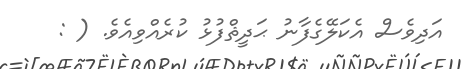
އަދިވެސް އެކަލޭގެފާނު ޙަދީޘްފުޅު ކުރެއްވިއެވެ. ( :